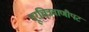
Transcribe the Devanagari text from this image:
दूरचित्रवाणीपट